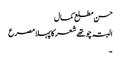
حسن مطلع کمال
البتہ چو تھے شعر کا پہلا مصرع
۔